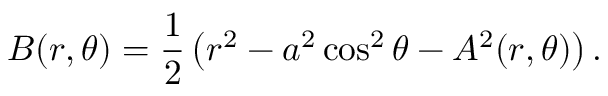
B ( r , \theta ) = \frac { 1 } { 2 } \left( r ^ { 2 } - a ^ { 2 } \cos ^ { 2 } \theta - A ^ { 2 } ( r , \theta ) \right) .